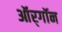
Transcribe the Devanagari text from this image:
ऑर्‌गॉन